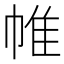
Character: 帷